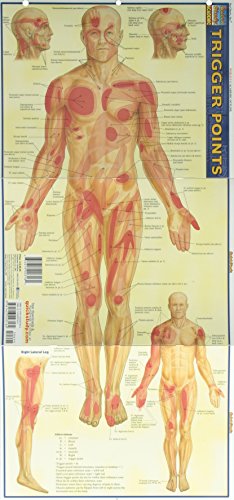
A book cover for Trigger Points (Quickstudy: Academic); Inc. BarCharts; Medical Books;